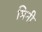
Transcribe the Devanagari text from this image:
मिनी